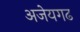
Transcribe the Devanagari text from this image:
अजेयगढ